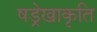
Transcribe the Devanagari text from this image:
षड्रेखाकृति